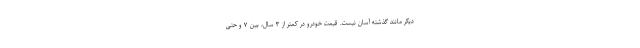
دیگر مانند گذشته آسان نیست. قیمت خودرو در کمتر از ۳ سال، بین ۷ و حتی